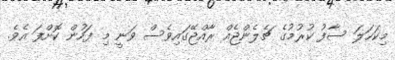
މިކަހަލަ ސާފު ކުރުމުގެ ޗެލެންޖެއް ރާއްޖޭގައިވެސް ވަނީ މި ފަހުން ކޮށްފަ އެވެ.